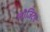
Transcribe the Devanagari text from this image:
लौजिट्स